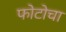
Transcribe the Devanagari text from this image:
फोटोचा